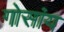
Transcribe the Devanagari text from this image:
गोसांय